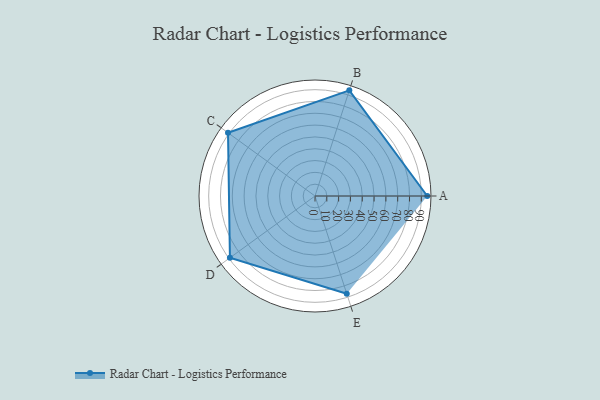
{"axis": {"x": "Skill", "y": "Score"}, "legend": ["Profile"], "data": [{"x": "A", "y": 95.0, "type": "Profile"}, {"x": "B", "y": 94.0, "type": "Profile"}, {"x": "C", "y": 91.0, "type": "Profile"}, {"x": "D", "y": 89.0, "type": "Profile"}, {"x": "E", "y": 87.0, "type": "Profile"}]}